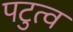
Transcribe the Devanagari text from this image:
पटुत्व